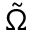
\tilde { \Omega }